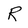
Character: R